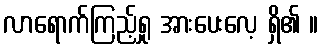
လာရောက်ကြည့်ရှု အားပေးလေ့ ရှိ၏ ။